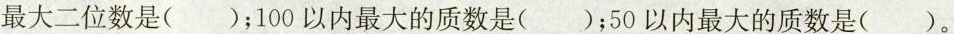
最大二位数是()；100以内最大的质数是()；50以内最大的质数是()。